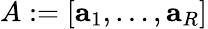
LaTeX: A:=[\mathbf{a}_{1},\dots,\mathbf{a}_{R}]